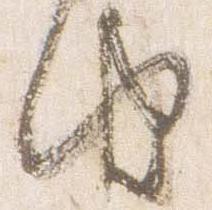
由